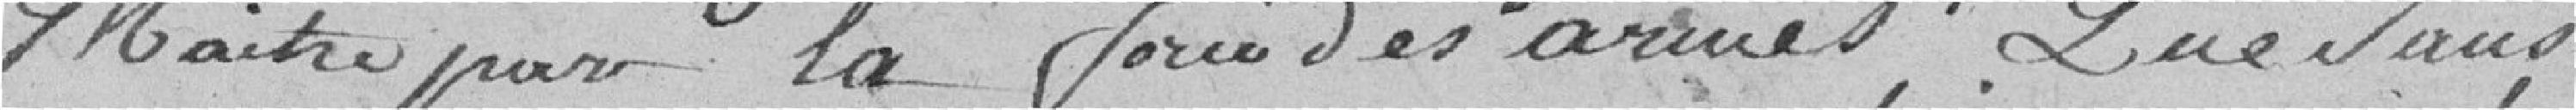
maître par la force des armes. Que sans